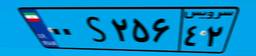
۱۷S۶۳۷۳۸